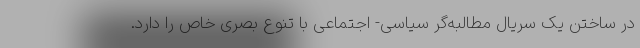
در ساختن یک سریال مطالبه‌گر سیاسی‌- اجتماعی با تنوع بصری خاص را دارد.